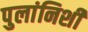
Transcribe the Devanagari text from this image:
पुलांनिशी